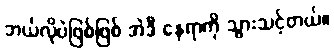
ဘယ်လိုပဲဖြစ်ဖြစ် အဲဒီ နေရာကို သွားသင့်တယ်။